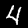
Label: 4